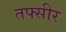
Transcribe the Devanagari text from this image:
तफ्सीर